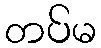
တပ်မ